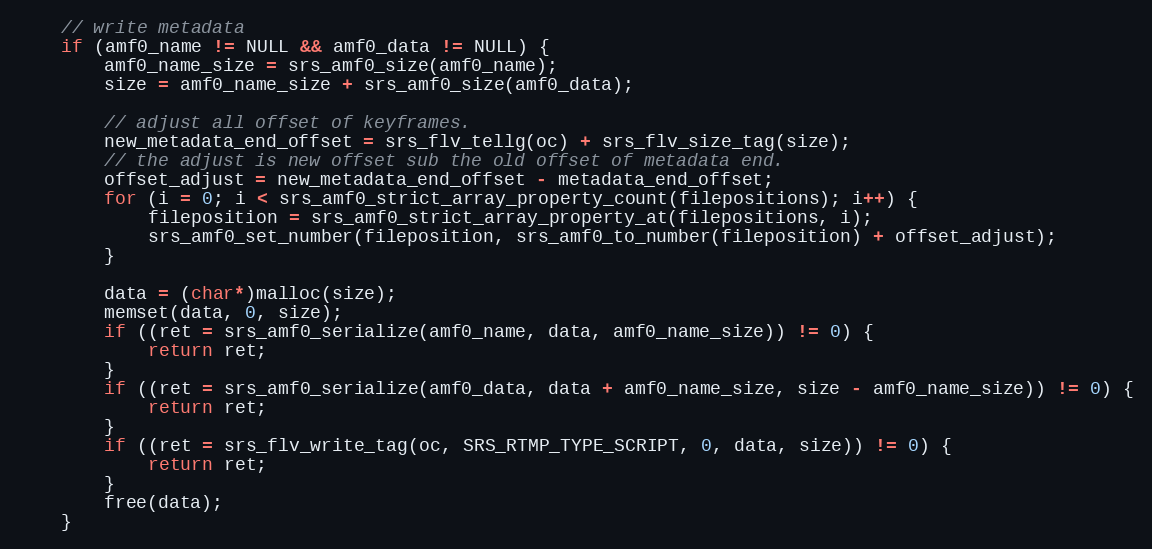
Language: C
    // write metadata
    if (amf0_name != NULL && amf0_data != NULL) {
        amf0_name_size = srs_amf0_size(amf0_name);
        size = amf0_name_size + srs_amf0_size(amf0_data);

        // adjust all offset of keyframes.
        new_metadata_end_offset = srs_flv_tellg(oc) + srs_flv_size_tag(size);
        // the adjust is new offset sub the old offset of metadata end.
        offset_adjust = new_metadata_end_offset - metadata_end_offset;
        for (i = 0; i < srs_amf0_strict_array_property_count(filepositions); i++) {
            fileposition = srs_amf0_strict_array_property_at(filepositions, i);
            srs_amf0_set_number(fileposition, srs_amf0_to_number(fileposition) + offset_adjust);
        }

        data = (char*)malloc(size);
        memset(data, 0, size);
        if ((ret = srs_amf0_serialize(amf0_name, data, amf0_name_size)) != 0) {
            return ret;
        }
        if ((ret = srs_amf0_serialize(amf0_data, data + amf0_name_size, size - amf0_name_size)) != 0) {
            return ret;
        }
        if ((ret = srs_flv_write_tag(oc, SRS_RTMP_TYPE_SCRIPT, 0, data, size)) != 0) {
            return ret;
        }
        free(data);
    }